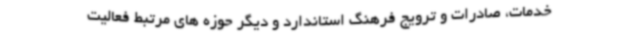
خدمات، صادرات و ترویج فرهنگ استاندارد و دیگر حوزه های مرتبط فعالیت